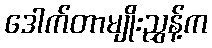
ဒေါက်တာမျိုးညွှန့်က